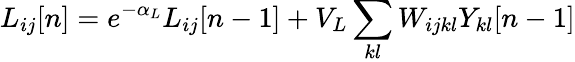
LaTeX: L_{ij}[n]=e^{-\alpha_{L}}L_{ij}[n-1]+V_{L}\sum_{kl}W_{ijkl}Y_{kl}[n-1]